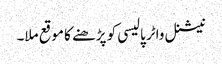
نیشنل واٹر پالیسی کو پڑھنے کا موقع ملا۔